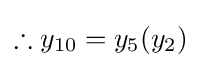
\therefore y_{10}=y_{5}(y_{2})